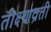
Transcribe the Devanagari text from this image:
तीक्ष्णव्रती